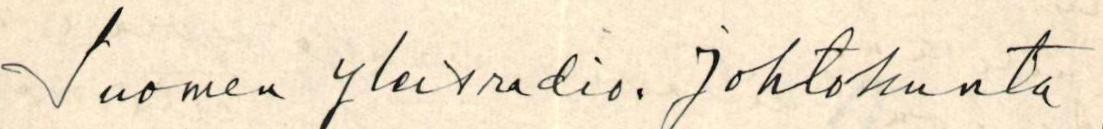
Suomen yleisradio: johtokunta